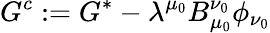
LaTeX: G^{c}:=G^{*}-\lambda^{\mu_{0}}B_{\mu_{0}}^{\nu_{0}}\phi_{\nu_{0}}